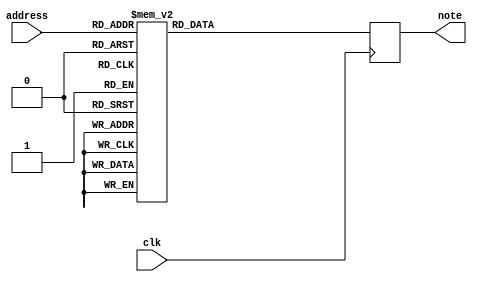
`timescale 1ns / 1ps
//////////////////////////////////////////////////////////////////////////////////
// Company: 
// Engineer: 
// 
// Design Name: 
// Module Name:    melodyROM 
// Project Name: 
// Target Devices: 
// Tool versions: 
// Description: 
//
// Dependencies: 
//
// Revision: 
// Revision 0.01 - File Created
// Additional Comments: 
//
//////////////////////////////////////////////////////////////////////////////////
module melodyROM(clk, address, note);

input clk;
input [4:0] address;
output reg [7:0] note;
	
always @(posedge clk) begin
case(address)
			0: note<= 8'd22;
			1: note<= 8'd0;
			2: note<= 8'd22;
			3: note<= 8'd0;
			4: note<= 8'd29;
			5: note<= 8'd0;
			6: note<= 8'd29;
			7: note<= 8'd0;
			8: note<= 8'd19;
			9: note<= 8'd0;
		  10: note<= 8'd19;
		  11: note<= 8'd0;
		  12: note<= 8'd29;
		  13: note<= 8'd0;
		  14: note<= 8'd27;
		  15: note<= 8'd0;
		  16: note<= 8'd27;
		  17: note<= 8'd0;
		  18: note<= 8'd26;
		  19: note<= 8'd0;
		  20: note<= 8'd26;
		  21: note<= 8'd0;
		  22: note<= 8'd24;
		  23: note<= 8'd0;
		  24: note<= 8'd24;
		  25: note<= 8'd0;
		  26: note<= 8'd22;
		  27: note<= 8'd0;
		  28: note<= 8'd0;
		  29: note<= 8'd0;
		  30: note<= 8'd0;
		  31: note<= 8'd0;
	default: note <= 8'd0;
	endcase
end
endmodule